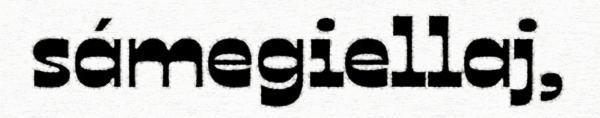
sámegiellaj,